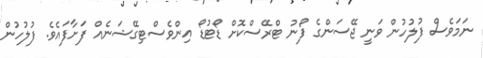
ނަމަވެސް ފުލުހުން ވަނީ ޖޭސަންގެ ފޯނު ޓްރޭސްކޮށް ޑޯޓުޑޯ އިންވެސްޓިގޭޝަނެއް ފަށާފައެވެ. ފުލުހުން